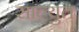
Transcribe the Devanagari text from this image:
साल्युत